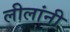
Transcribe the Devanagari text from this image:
लीलांनी